Lunatic asylums United Provinces 1909-1921 - 1909-1921
Year: 1909
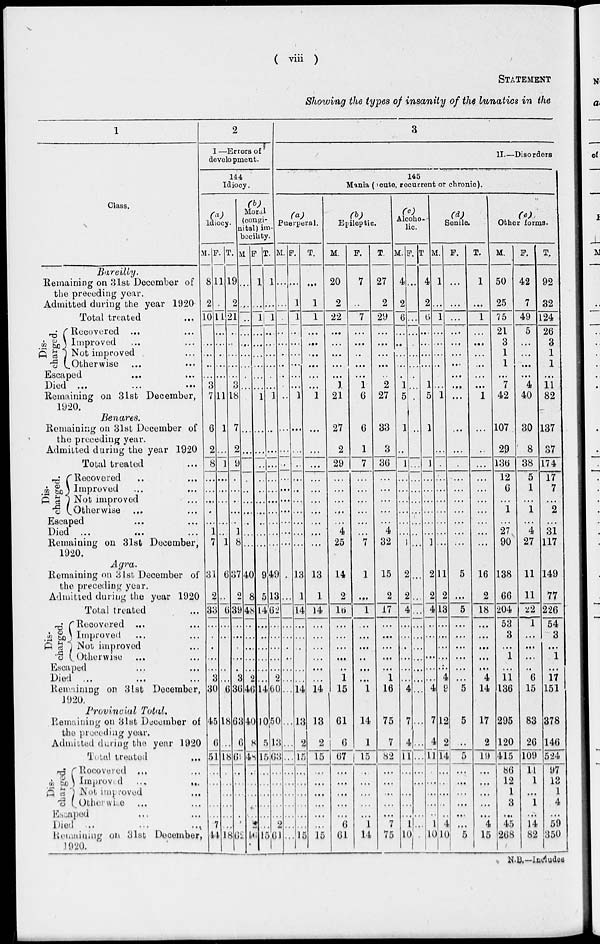
( viii )
STATEMENT
Showing the types of insanity of the lunatics in the
1
Class.
Bareilly.
Remaining on 31st December of
the preceding year.
Admitted during the year 1920
Total treated ...
Dis-
charged.
Recovered ... ...
Improved ... ...
Not improved ... ...
Otherwise ... ...
Escaped ... ...
Died ... ...
Remaining on 31st December,
1920.
Benares.
Remaining on 31st December of
the preceding year.
Admitted during the year 1920
Total treated
Dis-
charged.
Recovered ... ...
Improved ... ...
Not improved ... ...
Otherwise ... ...
Escaped ... ...
Died ... ... ...
Remaining on 31st December,
1920.
Agra.
Remaining on 31st December of
the preceding year.
Admitted during the year 1920
Total treated ...
Dis-
charged.
Recovered ... ...
Improved ... ...
Not improved ...
Otherwise ... ...
Escaped ... ...
Died ... ... ...
Remaining on 3lst December,
1920.
Provincial
Total,
Remaining on 31st December of
the preceding year.
Admitted during the year 1920
Total treated ...
Dis-
charged.
Recovered ... ...
Improved
...
...
Not improved ...
Otherwice ... ...
Escaped ... ...
Died ... ... ...
Remaining on 31st December,
1920.
2
I —Errors of
development.
144
Idiocy.
(a)
Idiocy.
M.
8
2
10
...
...
...
...
...
3
7
6
2
8
...
...
...
...
...
1
7
31
2
33
...
...
...
...
...
3
30
45
6
51
...
...
...
...
...
7
44
F.
11
...
11
...
...
...
...
...
...
11
1
...
1
...
...
...
...
...
...
1
6
...
6
...
...
...
...
...
...
6
18
...
18
...
...
...
...
...
...
18
T.
19
2
21
...
...
...
...
...
3
18
7
2
9
...
...
...
...
...
1
8
37
2
39
...
...
...
...
...
3
36
63
6
69
...
...
...
...
...
...
62
(b)
Moral
(congi-
nital) im-
becility.
M
...
...
...
...
...
...
...
...
...
...
...
...
...
...
...
...
...
...
...
...
40
8
48
...
...
...
...
...
2
46
40
8
48
...
...
...
...
...
2
46
F.
1
...
1
...
...
...
...
...
...
1
...
...
...
...
...
...
...
...
...
...
9
5
14
...
...
...
...
...
...
14
10
5
15
...
...
...
....
...
..
15
T.
1
...
1
...
...
...
...
...
...
1
...
...
...
...
...
...
...
...
...
...
49
13
62
...
...
...
...
...
2
60
50
13
63
...
...
...
...
...
2
61
3
II.—Disorders
145
Mania (acute, recurrent or chronic).
(a)
Puerperal.
M
...
...
...
...
...
...
...
...
...
...
...
...
...
...
...
...
...
...
...
...
...
...
...
...
...
...
...
...
...
...
...
...
...
...
...
...
...
...
...
...
F.
...
1
1
...
...
...
...
...
...
1
...
...
...
...
...
...
...
...
...
...
13
1
14
...
...
...
...
...
...
14
13
2
15
...
...
...
...
...
...
15
T.
...
1
1
...
...
...
...
...
...
1
...
...
...
...
...
...
...
...
...
...
13
1
14
...
...
...
...
...
...
14
13
2
15
...
...
...
...
...
...
15
(b)
Epileptic.
M.
20
2
22
...
...
...
...
...
1
21
27
2
29
...
...
...
...
...
4
25
14
2
16
...
...
...
...
...
1
15
61
6
67
...
...
...
...
...
6
6l
F.
7
...
7
...
...
...
...
...
1
6
6
1
7
...
...
...
...
...
...
7
1
...
1
...
...
...
...
...
...
1
14
1
15
...
...
...
...
...
1
14
T.
27
2
29
...
...
...
...
...
2
27
33
3
36
...
...
...
...
...
4
32
15
2
17
...
...
...
...
...
1
16
75
7
82
...
...
...
...
...
7
75
(c)
Alcoho-
lic.
M
4.
2
6
...
...
...
...
...
1
5
1
...
1
...
...
...
...
...
...
1
2
2
4
...
...
...
...
...
...
4
7
4
11
...
...
...
...
...
1
10
F
...
...
...
...
...
...
...
...
...
...
...
...
...
...
...
...
...
...
...
...
...
...
...
...
...
...
...
...
...
...
...
...
...
...
...
...
...
...
...
...
T.
4
2.
6
...
...
...
...
...
1
5
1
...
1
...
...
...
...
...
...
1
2
2
4
...
...
...
...
...
...
4
7
4
11
...
...
...
...
...
1
10
(d)
Senile.
M.
1
..
1
...
...
...
...
...
...
1
...
...
...
...
...
...
...
...
...
...
11
2
13
...
...
...
...
...
4
0
12
2
14
...
...
...
...
...
4
10
F.
...
...
...
...
...
...
...
...
...
...
...
...
...
...
...
...
...
...
...
...
5
...
5
...
...
...
...
...
...
5
5
...
5
...
...
...
...
...
...
5
T.
1
...
1
...
...
...
...
...
...
1
...
...
...
...
...
...
...
...
...
...
16
2
18
...
...
...
...
...
4
14
17
2
19
...
...
...
...
...
4
15
(e)
Other forms.
M.
50
25
75
21
3
1
1
...
7
42
107
29
136
12
6
...
1
...
27
90
138
66
204
53
3
...
1
...
11
136
295
120
415
86
12
1
3
...
45
268
F.
42
7
49
5
...
...
...
...
4
40
30
8
38
5
1
...
1
...
4
27
11
11
22
1
...
...
...
...
6
15
83
26
109
11
1
...
1
...
14
82
T.
92
32
124
26
3
1
1
...
11
82
137
37
174
17
7
...
2
...
31
117
149
77
226
54
3
...
1
...
17
151
378
146
524
97
13
1
4
...
59
350
N.B.—Includes